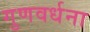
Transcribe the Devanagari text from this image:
गुणवर्धना